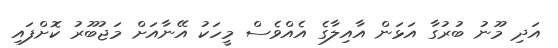
އަދި މޫނު ބުރުގާ އަޅަން އާއިލާގެ އެއްވެސް މީހަކު އޭނާއަށް މަޖުބޫރު ކޮށްފައި